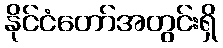
နိုင်ငံတော်အတွင်းရှိ